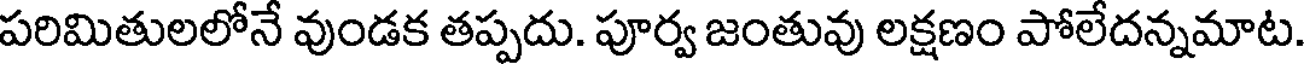
పరిమితులలోనే వుండక తప్పదు. పూర్వ జంతువు లక్షణం పోలేదన్నమాట.